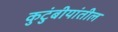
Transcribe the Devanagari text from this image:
कुटुंबीयांतील